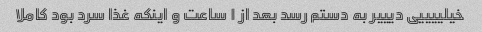
خیلییییی دیییر به دستم رسد بعد از ۱ ساعت و اینکه غذا سرد بود کاملا